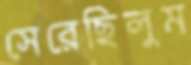
সেরেছিলুম